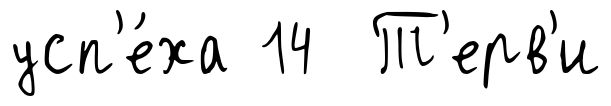
усп'е́ха 14 Т'ерв'и